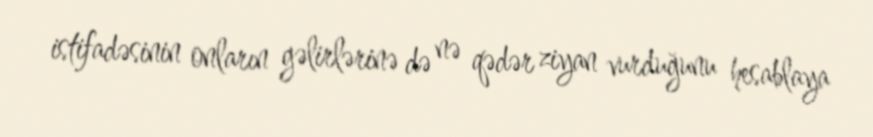
istifadəsinin onların gəlirlərinə də nə qədər ziyan vurduğunu hesablaya